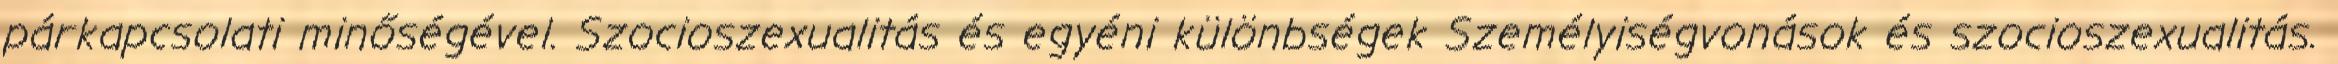
párkapcsolati minőségével. Szocioszexualitás és egyéni különbségek Személyiségvonások és szocioszexualitás.